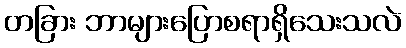
တခြား ဘာများပြောစရာရှိသေးသလဲ